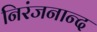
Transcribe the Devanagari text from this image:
निरंजनान्द